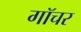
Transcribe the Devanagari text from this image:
गॉचर